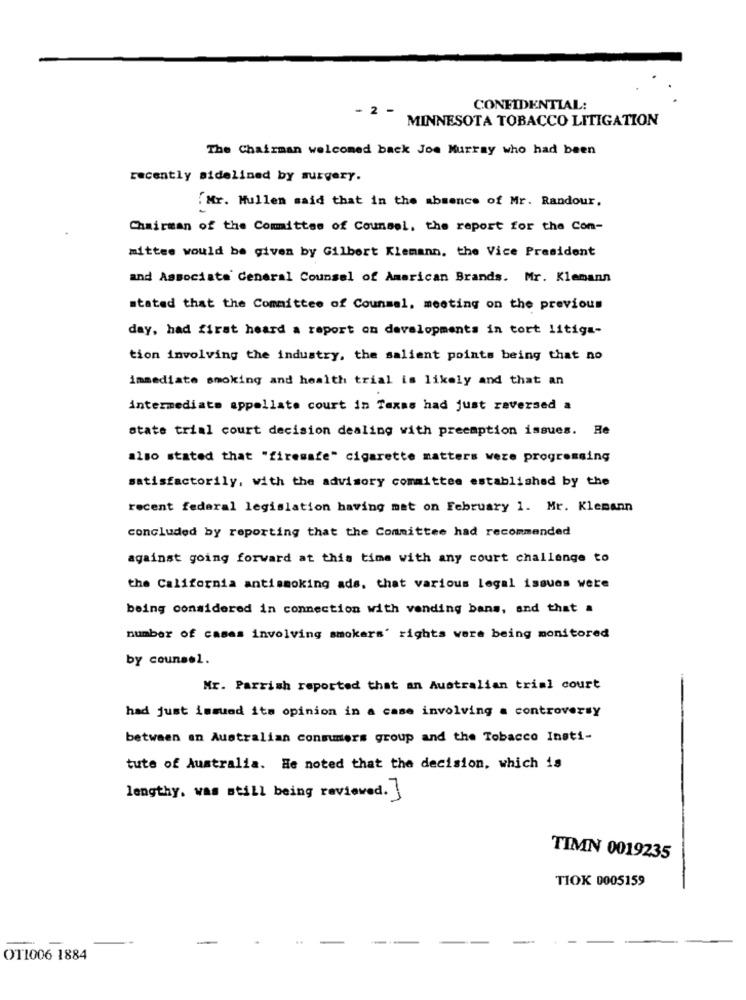
- 2 -
CONFIDENTIAL:
MINNESOTA TOBACCO LITIGATION
The Chairman welcomed back Joe Murray who had been
recently sidelined by surgery.
.Mr. Mullen said that in the absence of Mr. Randour,
Chairman of the Committee of Counsel, the report for the Con-
mittee would be given by Gilbert Klemann, the Vice President
and Associate General Counsel of American Brands. Mr. Klemann
stated that the Committee of Counsel, meeting on the previous
day, had first heard a report on developments in tort litiga-
tion involving the industry, the salient points being that no
immediate smoking and health trial is likely and that an
intermediate appellate court in Taxas had just reversed a
state trial court decision dealing with preemption issues. Re
also stated that "firesafe" cigarette matters were progressing
satisfactorily, with the advisory committee established by the
recent federal legislation having mat on February 1. Mr. Klemann
concluded by reporting that the Committee had recommended
against going forward at this time with any court challenge to
the California antismoking ads, that various legal issues were
being considered in connection with vending bans, and that a
number of cases involving smokers' rights were being monitored
by counsel.
Mr. Parrish reported that an Australian trial court
had just immund its opinion in a case involving a controversy
between an Australian consumers group and the Tobacco Insti-
tute of Australia. He noted that the decision, which is
lengthy. was still being reviewed.]
TIMN 0019235
TIOK 0005159
-
..
--
OT1006 1884